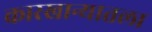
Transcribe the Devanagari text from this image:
कारखान्यातला